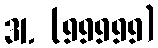
31. (99999)